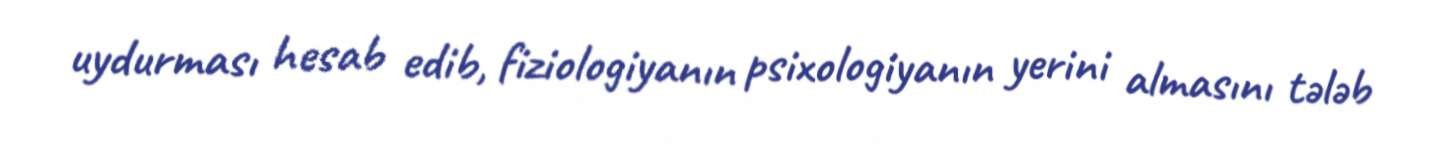
uydurması hesab edib, fiziologiyanın psixologiyanın yerini almasını tələb